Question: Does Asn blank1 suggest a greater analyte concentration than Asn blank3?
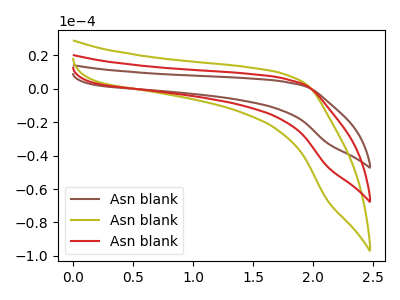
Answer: <think>The brown curve "Asn blank1" has no peaks. The olive curve "Asn blank2" has no peaks. The red curve "Asn blank3" has no peaks.
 Neither "Asn blank1" or "Asn blank3" have any peaks.</think>
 <answer>I cant tell if "Asn blank1" or "Asn blank3" has more signal.</answer>
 <eval>mixed_signal</eval>